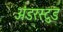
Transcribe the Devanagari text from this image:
अंडरस्टुड